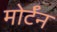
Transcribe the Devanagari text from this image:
मोर्टॅन